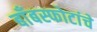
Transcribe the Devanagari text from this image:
बाँबस्फोटांचे